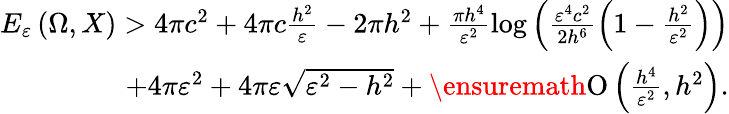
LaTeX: \begin{array}{r}{E_{\varepsilon}\left(\Omega,X\right)>4\pi c^{2}+4\pi c\frac{h^{2}}{\varepsilon}-2\pi h^{2}+\frac{\pi h^{4}}{\varepsilon^{2}}\log{\left(\frac{\varepsilon^{4}c^{2}}{2h^{6}}\left(1-\frac{h^{2}}{\varepsilon^{2}}\right)\right)}}\\ {+4\pi\varepsilon^{2}+4\pi\varepsilon\sqrt{\varepsilon^{2}-h^{2}}+\ensuremath{\operatorname{O}\left(\frac{h^{4}}{\varepsilon^{2}},h^{2}\right)}.}\end{array}